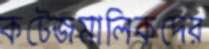
কটেজমালিকদের